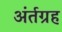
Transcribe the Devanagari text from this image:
अंर्तग्रह